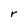
Character: r